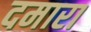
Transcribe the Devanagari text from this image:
दमारा